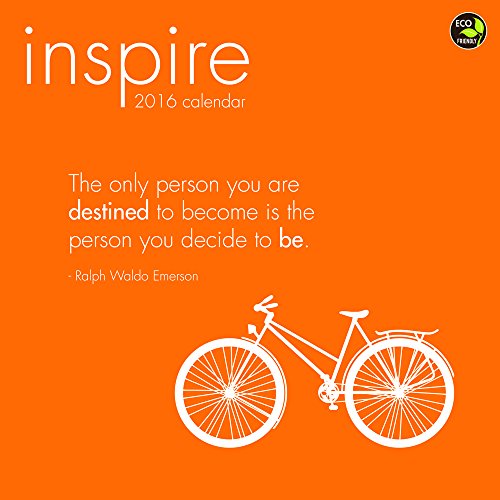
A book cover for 2016 Inspire Wall Calendar; TF Publishing; Calendars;